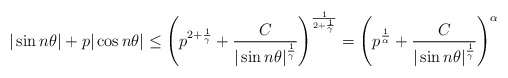
\begin{align*}|\sin n\theta| + p|\cos n\theta| \leq \left(p^{2+\frac{1}{\gamma}} + \frac{C}{|\sin n\theta|^{\frac{1}{\gamma}}}\right)^{\frac{1}{2+\frac{1}{\gamma}}}= \left(p^{\frac{1}{\alpha}} + \frac{C}{|\sin n\theta|^{\frac{1}{\gamma}}}\right)^\alpha \end{align*}